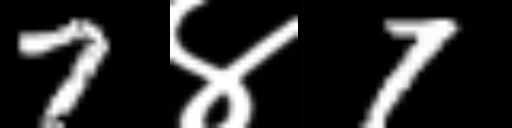
Text: 7४7